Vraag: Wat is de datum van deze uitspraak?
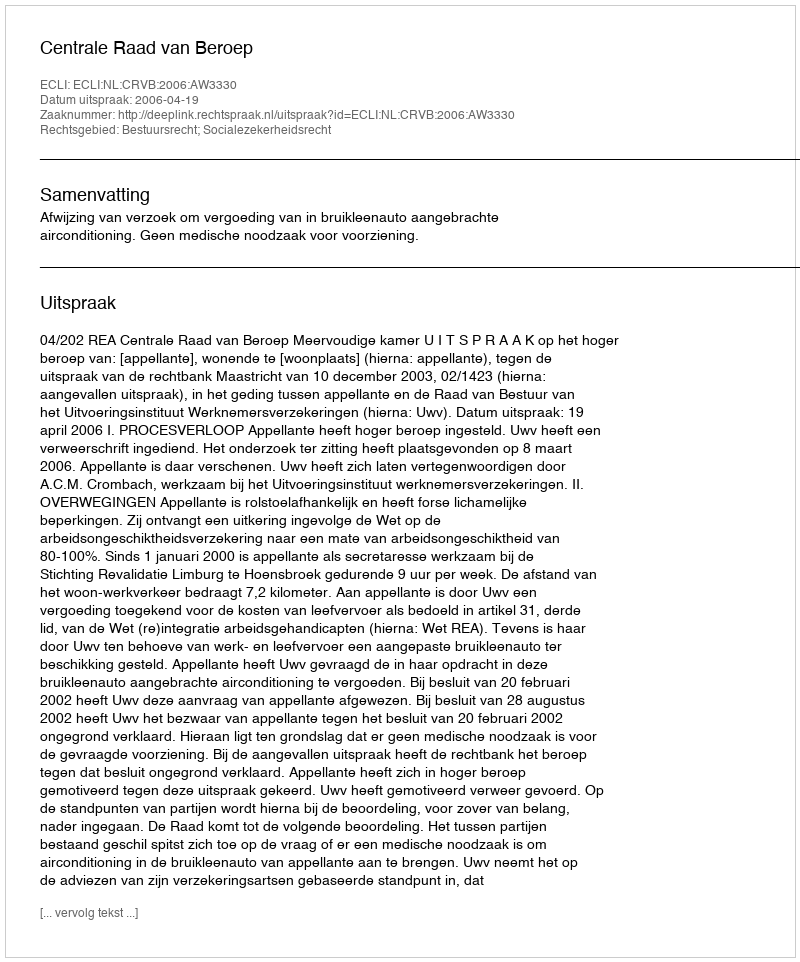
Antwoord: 2006-04-19